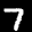
Label: 7